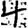
Digit: 4